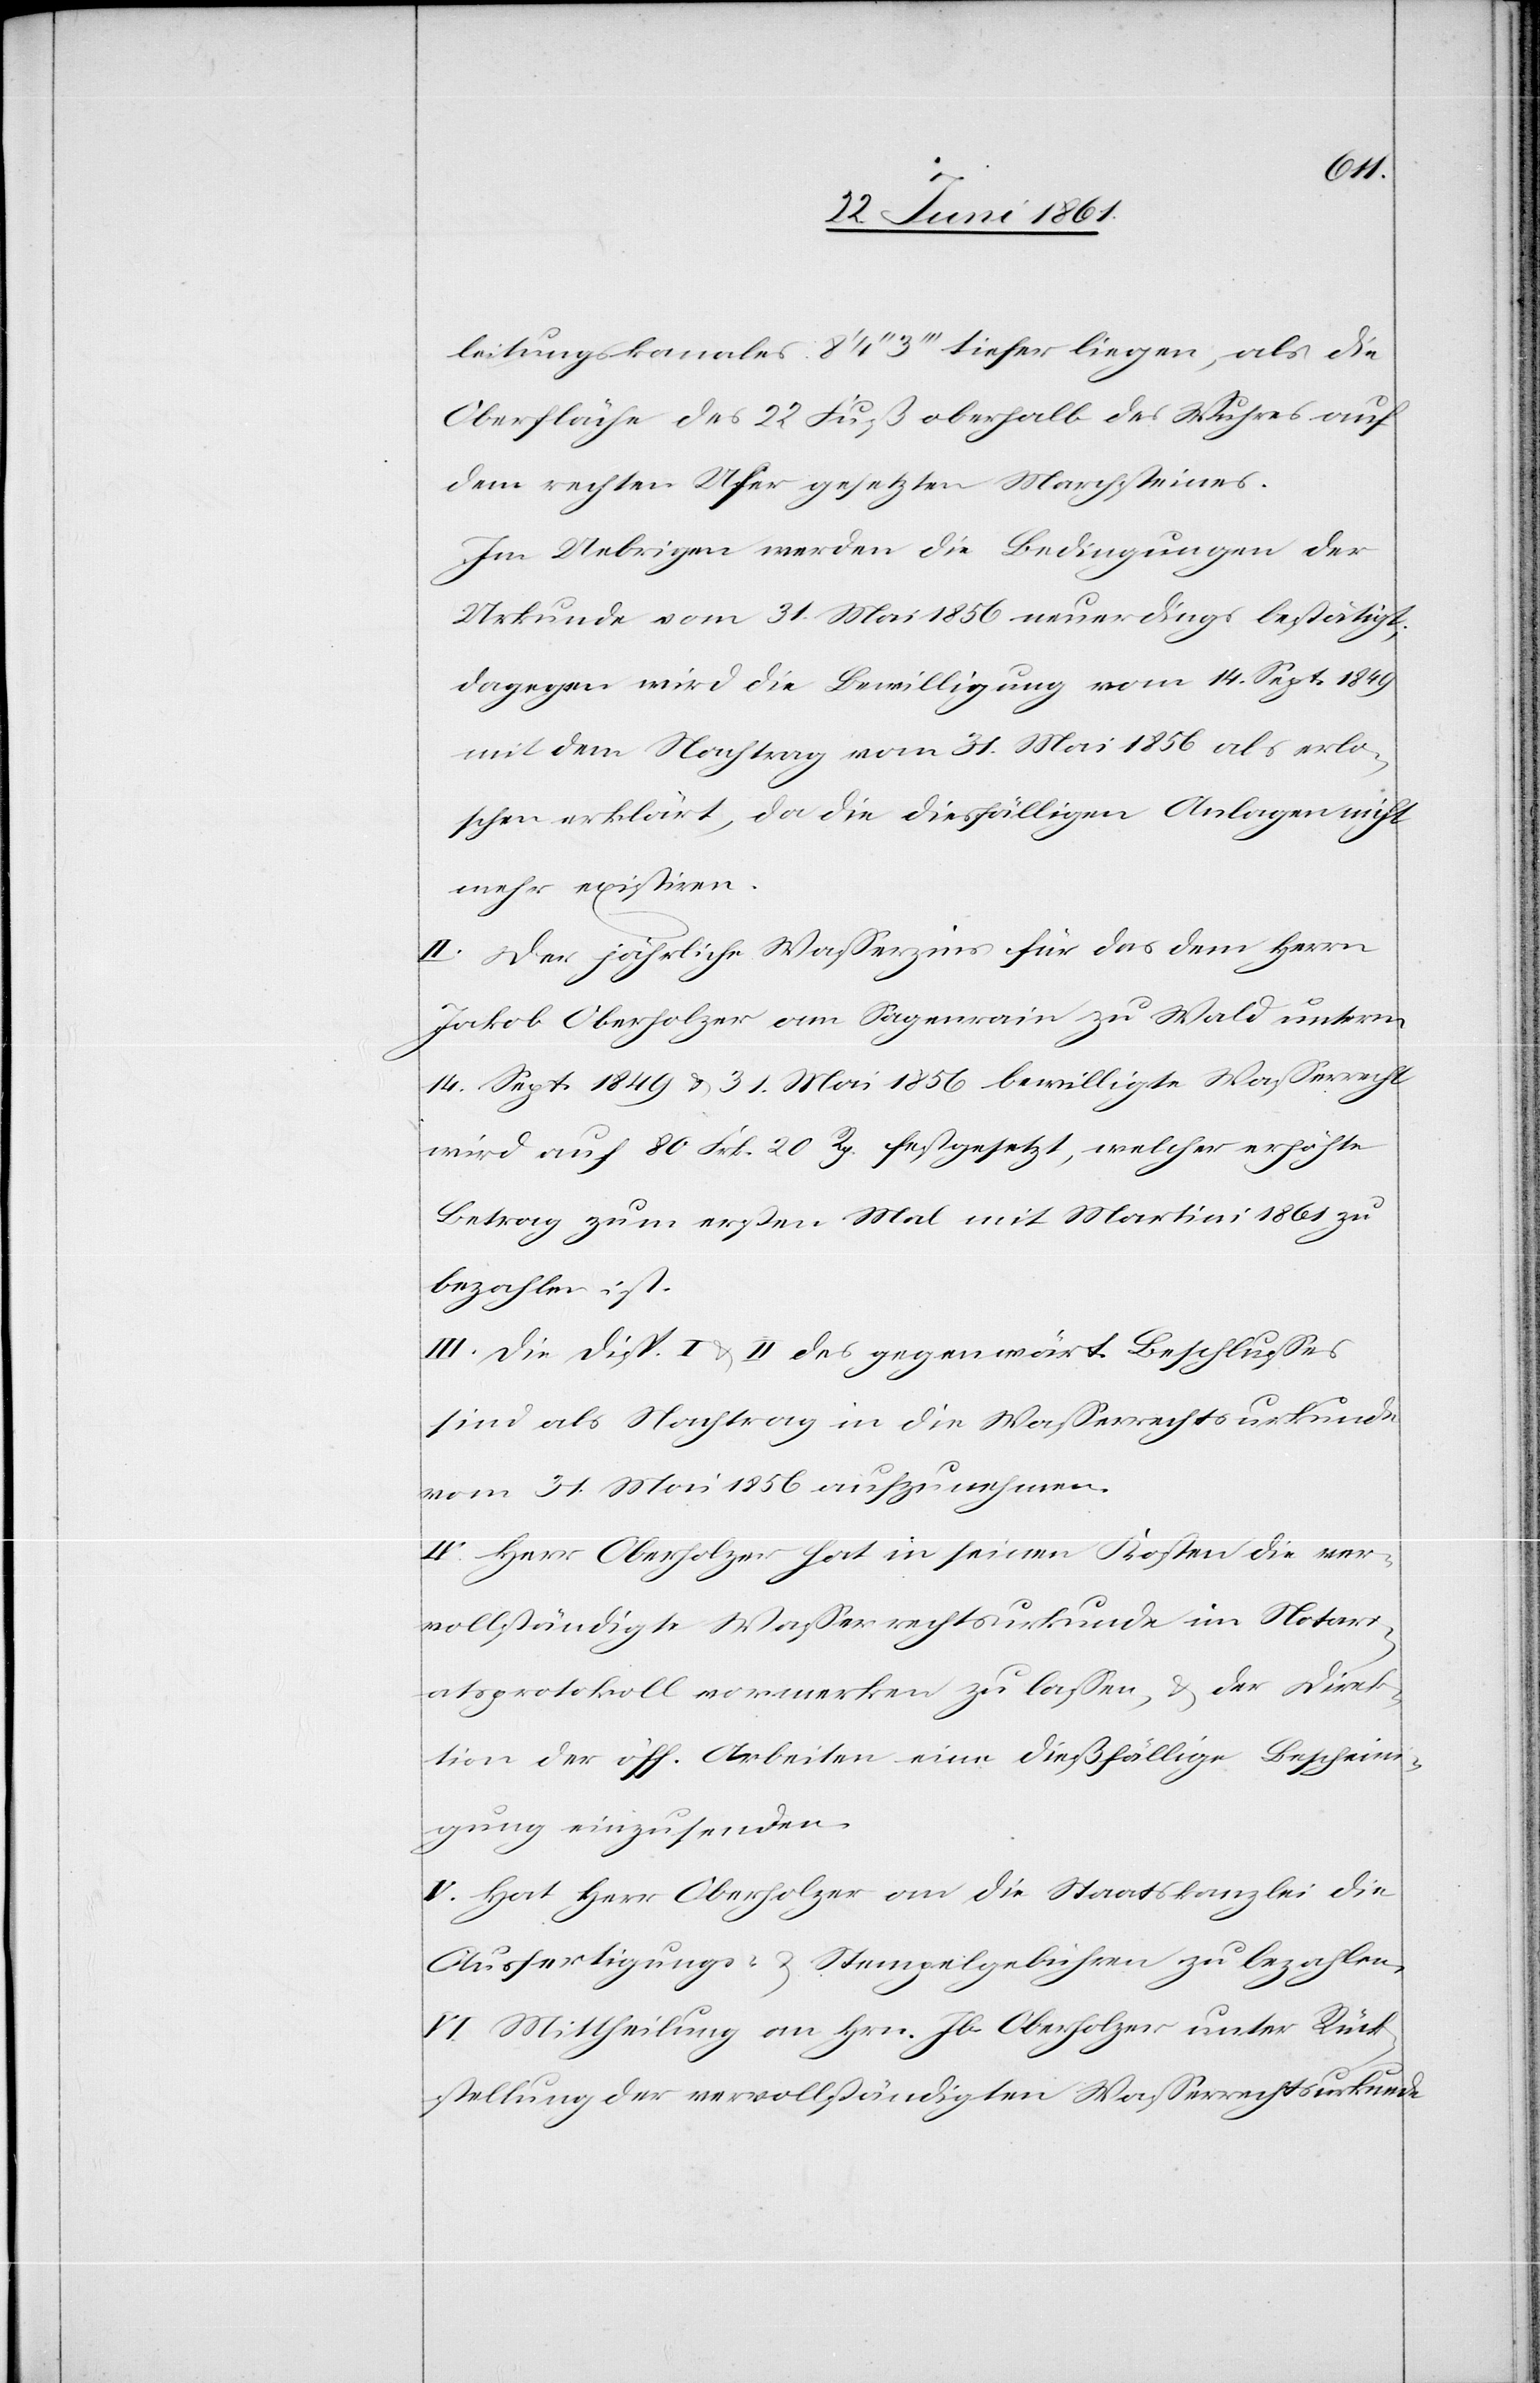
leitungskanales 8’ 4’’ 3’’’ tiefer liegen, als die
Oberfläche des 22 Fuß oberhalb des Wuhres auf
dem rechten Ufer gesetzten Marchsteines.
Im Uebrigen werden die Bedingungen der
Urkunde vom 31. Mai 1856 neuerdings bestätigt;
dagegen wird die Bewilligung vom 14. Sept. 1849
mit dem Nachtrag vom 31. Mai 1856 als erlo¬
schen erklärt, da die diesfälligen Anlagen nicht
mehr existiren.
II. Der jährliche Wasserzins für das dem Herrn
Jakob Oberholzer am Sagenrain zu Wald unterm
14. Sept. 1849 u. 31. Mai 1856 bewilligte Wasserrecht
wird auf 80 Frk. 20 Rp. festgesetzt, welcher erhöhte
Betrag zum ersten Mal mit Martini 1861 zu
bezahlen ist.
III. Die Disp. I u. II des gegenwärt. Beschlusses
sind als Nachtrag in die Wasserrechtsurkunde
vom 31. Mai 1856 aufzunehmen.
IV. Herr Oberholzer hat in seinen Kosten die ver¬
vollständigte Wasserrechtsurkunde im Notari¬
atsprotokoll vormerken zu lassen, u. der Direk¬
tion der öff. Arbeiten eine dießfällige Beschein¬
igung einzusenden.
V. Hat Herr Oberholzer an die Staatskanzlei die
Ausfertigungs- u. Stempelgebühren zu bezahlen.
VI. Mittheilung an Hrn. Jb. Oberholzer unter Rück¬
stellung der vervollständigten Wasserrechtsurkunde